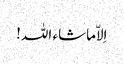
اِلاّماشاء اللہ!